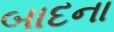
બાદના